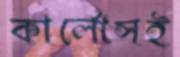
কার্লোসই